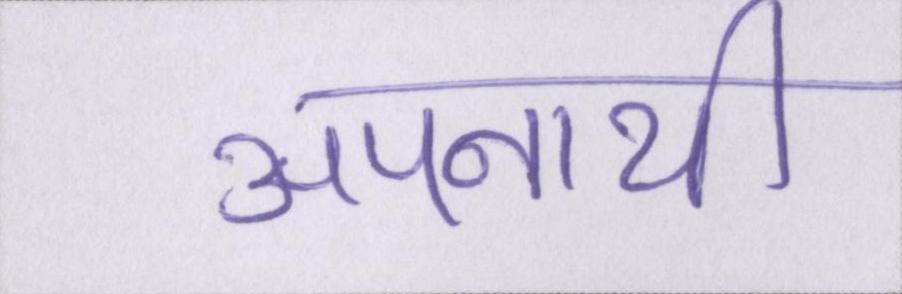
अपनायी